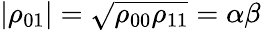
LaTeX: |\rho_{01}|=\sqrt{\rho_{00}\rho_{11}}=\alpha\beta